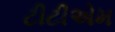
ટીટીએમ